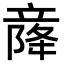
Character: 𫁫